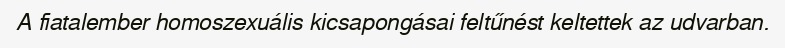
A fiatalember homoszexuális kicsapongásai feltűnést keltettek az udvarban.